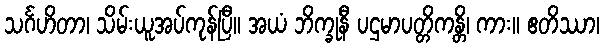
သင်္ဂဟိတာ၊ သိမ်းယူအပ်ကုန်ပြီ။ အယံ ဘိက္ခုနီ ပဌမာပတ္တိကန္တိ၊ ကား။ ဧတိဿာ၊